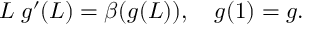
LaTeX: L \; g ^ { \prime } ( L ) = \beta ( g ( L ) ) , \quad g ( 1 ) = g .